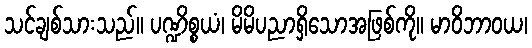
သင်ချစ်သားသည်။ ပဏ္ဍိစ္စယံ၊ မိမိပညာရှိသောအဖြစ်ကို။ မာဝိဘာဝယ၊